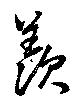
羨